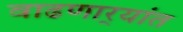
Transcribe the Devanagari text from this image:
वाढणार्‍यांत